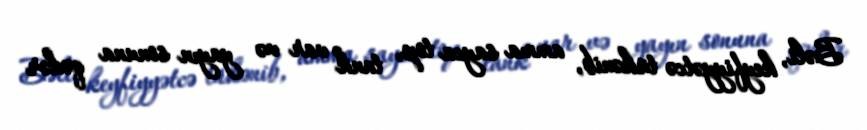
Bəli, keyfiyyətcə tükənib, amma sayca top, tank var və yayın sonuna qədər